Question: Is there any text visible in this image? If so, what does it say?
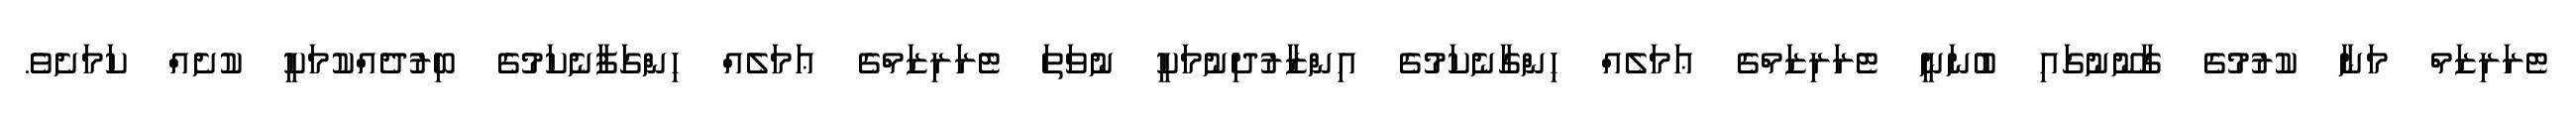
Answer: ޓެރަރިޒަމް މަނާ ކުރުމުގެ ގާނޫނުގައި ބުނަނީ ޓެރަރިޒަމްގެ ޢަމަލެއް ހިންގާނެކަމުގެ އިންޒާރުދިނުމަކީ ނުވަތަ ޓެރަރިޒަމްގެ ޢަމަލެއް ހިންގަފާނެކަމުގެ ބިރުދެއްކުމަކީ ކުށެއް ކަމަށެވެ.